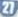
27